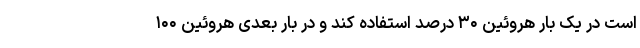
است در یک بار هروئین ۳۰ درصد استفاده کند و در بار بعدی هروئین ۱۰۰